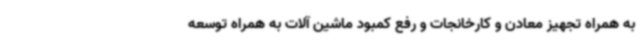
به همراه تجهیز معادن و کارخانجات و رفع کمبود ماشین آلات به همراه توسعه